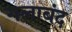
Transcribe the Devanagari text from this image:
गलाबंद